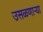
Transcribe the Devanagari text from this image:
उसळणार्‍या